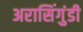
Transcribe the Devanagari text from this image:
अरासिंगुंडी